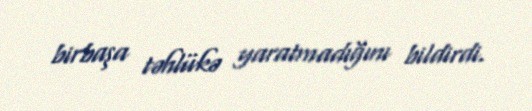
birbaşa təhlükə yaratmadığını bildirdi.